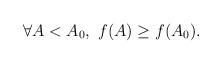
LaTeX: \begin{align*}\forall A < A_0, \,\, f(A) \geq f(A_0).\end{align*}